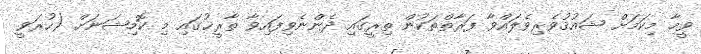
ވީމާ މިކަމަށް ޝައުޤުވެރިވެލައްވާ ފަރާތްތަކުން ތިރީގައި ދެންނެވިފައިވާ ތާރީޚުގައި މި ކޮމިޝަނަށް (ހުރަވީ